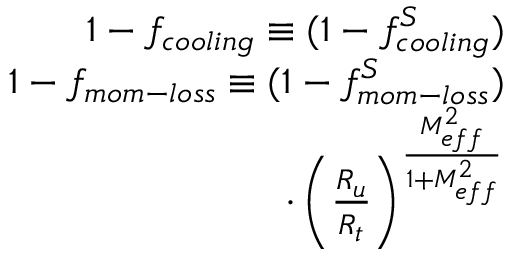
\begin{array} { r } { 1 - f _ { c o o l i n g } \equiv ( 1 - f _ { c o o l i n g } ^ { S } ) } \\ { 1 - f _ { m o m - l o s s } \equiv ( 1 - f _ { m o m - l o s s } ^ { S } ) } \\ { ~ ~ ~ ~ ~ ~ ~ ~ ~ ~ ~ ~ ~ ~ ~ ~ ~ ~ ~ ~ ~ \cdot \left( \frac { R _ { u } } { R _ { t } } \right) ^ { \frac { M _ { e f f } ^ { 2 } } { 1 + M _ { e f f } ^ { 2 } } } } \end{array}